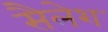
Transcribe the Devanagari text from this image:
सैलेश